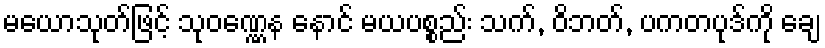
မယောသုတ်ဖြင့် သုဝဏ္ဏေန နောင် မယပစ္စည်း သက်, ဝိဘတ်, ပကတပုဒ်ကို ချေ